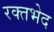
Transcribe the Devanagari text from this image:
रक्तभेद